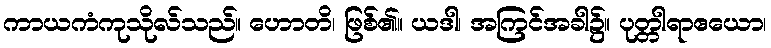
ကာယကံကုသိုလ်သည်။ ဟောတိ၊ ဖြစ်၏။ ယဒါ၊ အကြင်အခါ၌။ ပုတ္တါရာဧယော၊